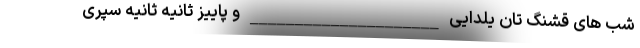
شب های قشنگ تان یلدایی _____________________ و پاییز ثانیه ثانیه سپری